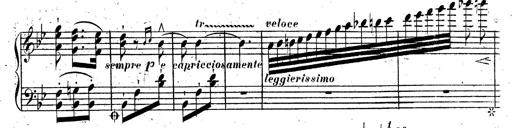
Title: Rondeau fantastique sur un thÃ¨me espagnol
Composer: Franz Liszt